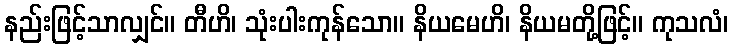
နည်းဖြင့်သာလျှင်။ တီဟိ၊ သုံးပါးကုန်သော။ နိယမေဟိ၊ နိယမတို့ဖြင့်။ ကုသလံ၊